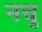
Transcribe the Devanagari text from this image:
नचु